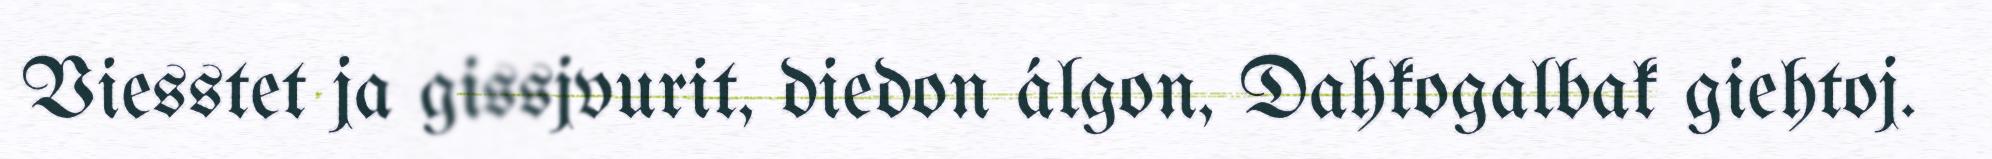
Viesstet ja gissjvurit, diedon álgon, Dahkogalbak giehtoj.